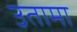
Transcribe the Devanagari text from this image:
उतामा